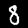
Digit: 8